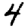
Digit: 4